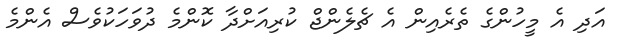
އަދި އެ މީހުންގެ ތެރެއިން އެ ޗެލެންޖް ކުރިއަށްދާ ކޮންމެ ދުވަހަކުވެސް އެންމެ